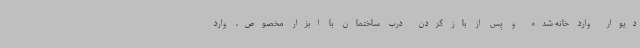
دیوار وارد خانه شده و پس از باز کردن درب ساختمان با ابزار مخصوص، وارد